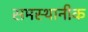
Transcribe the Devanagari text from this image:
समस्थानीक